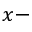
x -